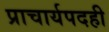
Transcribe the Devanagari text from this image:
प्राचार्यपदही